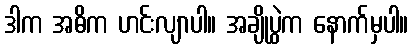
ဒါက အဓိက ဟင်းလျာပါ။ အချိုပွဲက နောက်မှပါ။